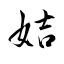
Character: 姞